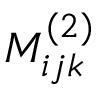
M _ { i j k } ^ { ( 2 ) }